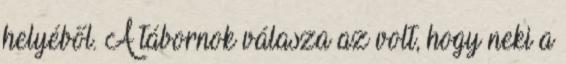
helyéből. A tábornok válasza az volt, hogy neki a